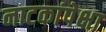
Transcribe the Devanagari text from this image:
नाटकांपेक्षा